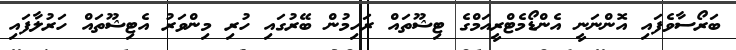
ބަރޯސާވެފައި އޮންނަނީ އެންޑޯމެޓްރީއަމްގެ ޓިޝޫތައް ރަހިމުން ބޭރުގައި ހުރި މިންވަރު އެޓިޝޫތައް ހަރުލާފައި